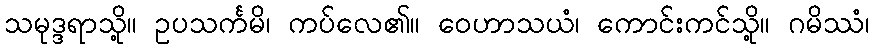
သမုဒ္ဒရာသို့။ ဥပသင်္ကမိ၊ ကပ်လေ၏။ ဝေဟာသယံ၊ ကောင်းကင်သို့။ ဂမိဿံ၊